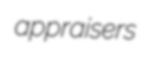
appraisers